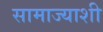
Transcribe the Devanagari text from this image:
सामाज्याशी